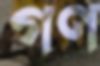
গণ